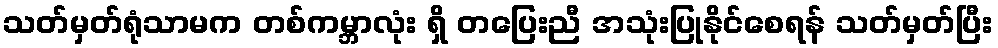
သတ်မှတ်ရုံသာမက တစ်ကမ္ဘာလုံး ရှိ တပြေးညီ အသုံးပြုနိုင်စေရန် သတ်မှတ်ပြီး